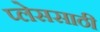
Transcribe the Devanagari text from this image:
प्लेससाठी